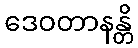
ဒေဝတာနန္တိ